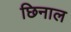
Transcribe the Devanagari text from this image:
छिनाल